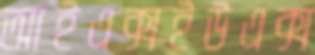
আইএক্সইউএক্স